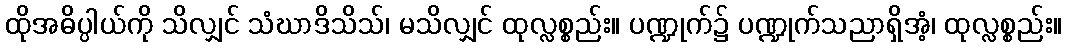
ထိုအဓိပ္ပါယ်ကို သိလျှင် သံဃာဒိသိသ်၊ မသိလျှင် ထုလ္လစ္စည်း။ ပဏ္ဍုက်၌ ပဏ္ဍုက်သညာရှိအံ့၊ ထုလ္လစ္စည်း။